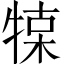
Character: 𤚦